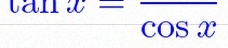
\tan x=\frac{\sin x}{\cos x}